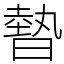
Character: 暬